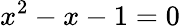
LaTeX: x^{2}-x-1=0